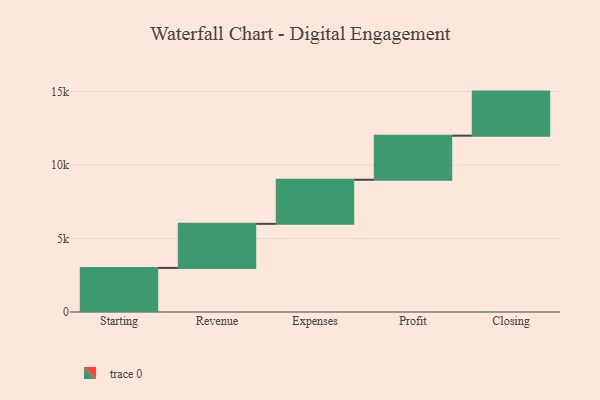
{"axis": {"x": "Step", "y": "Value"}, "legend": [""], "data": [{"x": "Starting", "y": 3000, "type": ""}, {"x": "Revenue", "y": 3000, "type": ""}, {"x": "Expenses", "y": 3000, "type": ""}, {"x": "Profit", "y": 3000, "type": ""}, {"x": "Closing", "y": 3000, "type": ""}]}